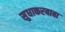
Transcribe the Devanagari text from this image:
सुधाकरबाबा